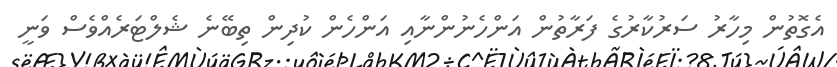
އެގޮތުން މިހާރު ސަރުކާރުގެ ފަރާތުން އަންހެނުންނާއި އަންހެން ކުދިން ތިބޭނެ ޝެލްޓަރެއްވެސް ވަނީ